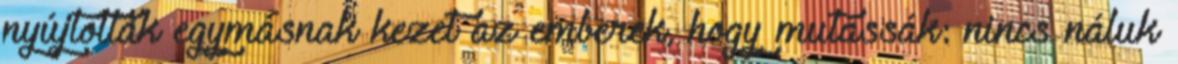
nyújtottak egymásnak kezet az emberek, hogy mutassák: nincs náluk